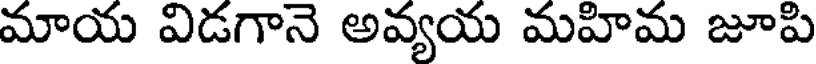
మాయ విడగానె అవ్యయ మహిమ జూపి